Report on vaccination in Madras 1895-1903 - 1895-1903
Year: 1895
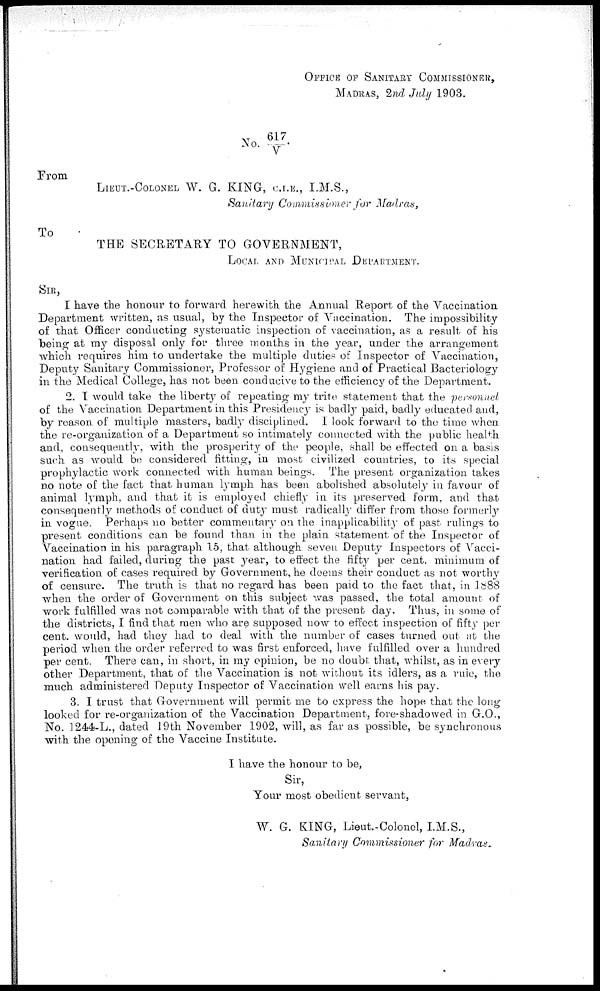
OFFICE OF SANITARY COMMISSIONER,
MADRAS, 2nd July 1903.
No. 617/V.
From
LIEUT.-COLONEL W. G. KING, C.I.E., I.M.S.,
Sanitary Commissioner for Madras,
To
THE SECRETARY TO GOVERNMENT,
LOCAL AND MUNICIPAL DEPARTMENT.
SIR,
I have the honour to forward herewith the Annual Report of the Vaccination
Department written, as usual, by the Inspector of Vaccination. The impossibility
of that Officer conducting systematic inspection of vaccination, as a result of his
being at my disposal only for three months in the year, under the arrangement
which requires him to undertake the multiple duties of Inspector of Vaccination,
Deputy Sanitary Commissioner, Professor of Hygiene and of Practical Bacteriology
in the Medical College, has not been conducive to the efficiency of the Department.
2. I would take the liberty of repeating my trite statement that the personnel
of the Vaccination Department in this Presidency is badly paid, badly educated and,
by reason of multiple masters, badly disciplined. I look forward to the time when
the re-organization of a Department so intimately connected with the public health
and, consequently, with the prosperity of the people, shall be effected on a basis
such as would be considered fitting, in most civilized countries, to its special
prophylactic work connected with human beings. The present organization takes
no note of the fact that human lymph has been, abolished absolutely in favour of
animal lymph, and that it is employed chiefly in its preserved form, and that
consequently methods of conduct of duty must radically differ from those formerly
in vogue. Perhaps no better commentary on the inapplicability of past rulings to
present conditions can be found than in the plain statement of the Inspector of
Vaccination in his paragraph 15, that although seven Deputy Inspectors of Vacci-
nation had failed, during the past year, to effect the fifty per cent. minimum of
verification of cases required by Government, he deems their conduct as not worthy
of censure. The truth is that no regard has been paid to the fact that, in 1888
when the order of Government on this subject was passed, the total amount of
work fulfilled was not comparable with that of the present day. Thus, in some of
the districts, I find that men who are supposed now to effect inspection of fifty per
cent. would, had they had to deal with the number of cases turned out at the
period when the order referred to was first enforced, have fulfilled over a hundred
per cent. There can, in short, in my opinion, be no doubt that, whilst, as in every
other Department, that of the Vaccination is not without its idlers, as a rule, the
much administered Deputy Inspector of Vaccination well earns his pay.
3. I trust that Government will permit me to express the hope that the long-
looked for re-organization of the Vaccination Department, fore-shadowed in G.O.,
No. 1244-L., dated 19th November 1902, will, as far as possible, be synchronous
with the opening of the Vaccine Institute.
I have the honour to be,
Sir,
Your most obedient servant,
W. G. KING, Lieut.-Colonel, I.M.S.,
Sanitary Commissioner for Madras.